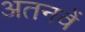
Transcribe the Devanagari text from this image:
अतनवें